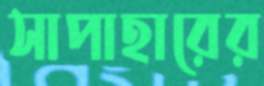
সাপাহারের